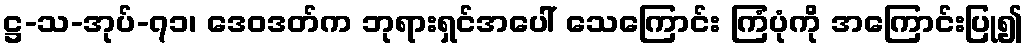
ဋ္ဌ-သ-အုပ်-၇၁၊ ဒေဝဒတ်က ဘုရားရှင်အပေါ် သေကြောင်း ကြံပုံကို အကြောင်းပြု၍